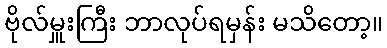
ဗိုလ်မှူးကြီး ဘာလုပ်ရမှန်း မသိတော့။